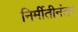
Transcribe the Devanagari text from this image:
निर्मीतीनंतर